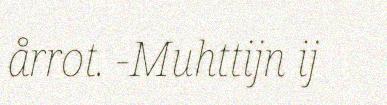
årrot. -Muhttijn ij